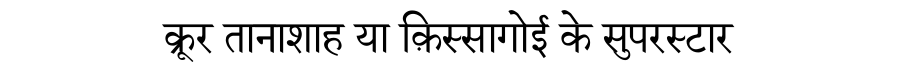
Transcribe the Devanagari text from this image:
क्रूर तानाशाह या क़िस्सागोई के सुपरस्टार